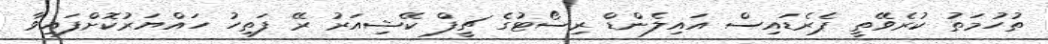
ތުހުމަތު ކުރެވޭތީ ޕެރެޑައިސް އައިލެންޑް ރިސޯޓުގެ ޗީފް ކޭޝިއަރު ރޭ ފަތިހު ހައްޔަރުކޮށްފައިވާ